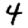
Digit: 4